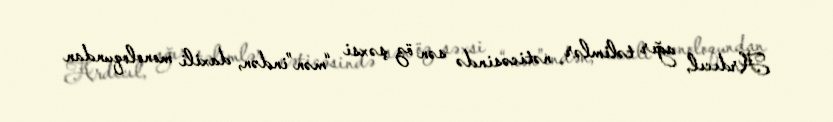
Ardıcıl, ağır təlimlər nəticəsində sən öz şəxsi “mən”indən, daxili monoloqundan